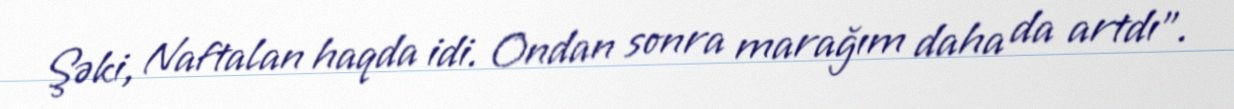
Şəki, Naftalan haqda idi. Ondan sonra marağım daha da artdı”.